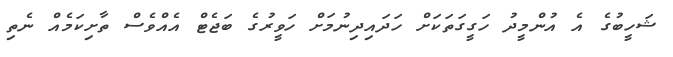
ޝަހީބުގެ އެ އުންމީދު ހަގީގަތަކަށް ހަދައިދިނުމަށް ހަވީރުގެ ބަޖެޓް އެއްވެސް ތާށިކަމެއް ނެތި